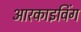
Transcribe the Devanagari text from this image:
आरकाइविंग